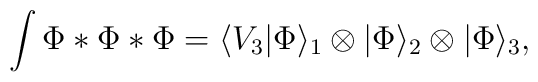
\int \Phi *\Phi *\Phi =\langle V_3|\Phi\rangle_1\otimes|\Phi\rangle_2\otimes|\Phi\rangle_3,